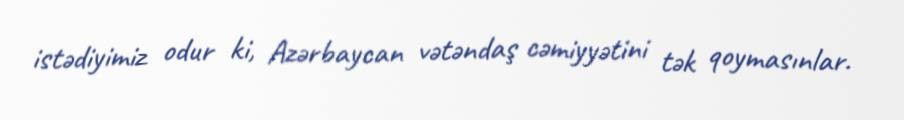
istədiyimiz odur ki, Azərbaycan vətəndaş cəmiyyətini tək qoymasınlar.